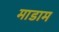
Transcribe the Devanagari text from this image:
माडाम